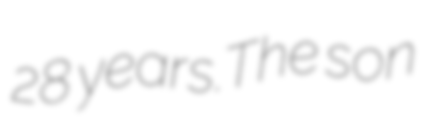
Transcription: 28 years.The son